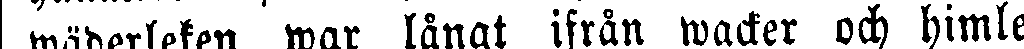
wäderleken war långt ifrån wacker och himlen